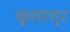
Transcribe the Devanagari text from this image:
कुलात्तुर